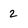
Character: 2